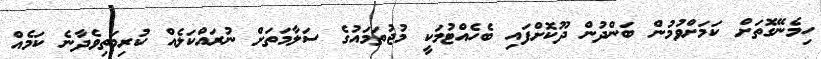
ހިމެނޭގޮތަށް ކަމަށްވުމުން ބަންދުން ދޫކޮށްފައި ބެހެއްޓުމަކީ މުޖުތަމައުގެ ސަލާމަތަށް ނުރައްކަލެއް ކުރިމަތިވެދާނެ ކަމެއް